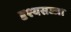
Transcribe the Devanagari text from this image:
दृश्यसज्जा